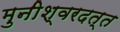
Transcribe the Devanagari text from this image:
मुनीश्वरदत्त